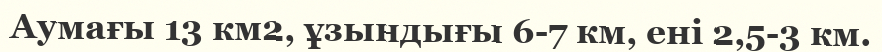
Аумағы 13 км2, ұзындығы 6-7 км, ені 2,5-3 км.